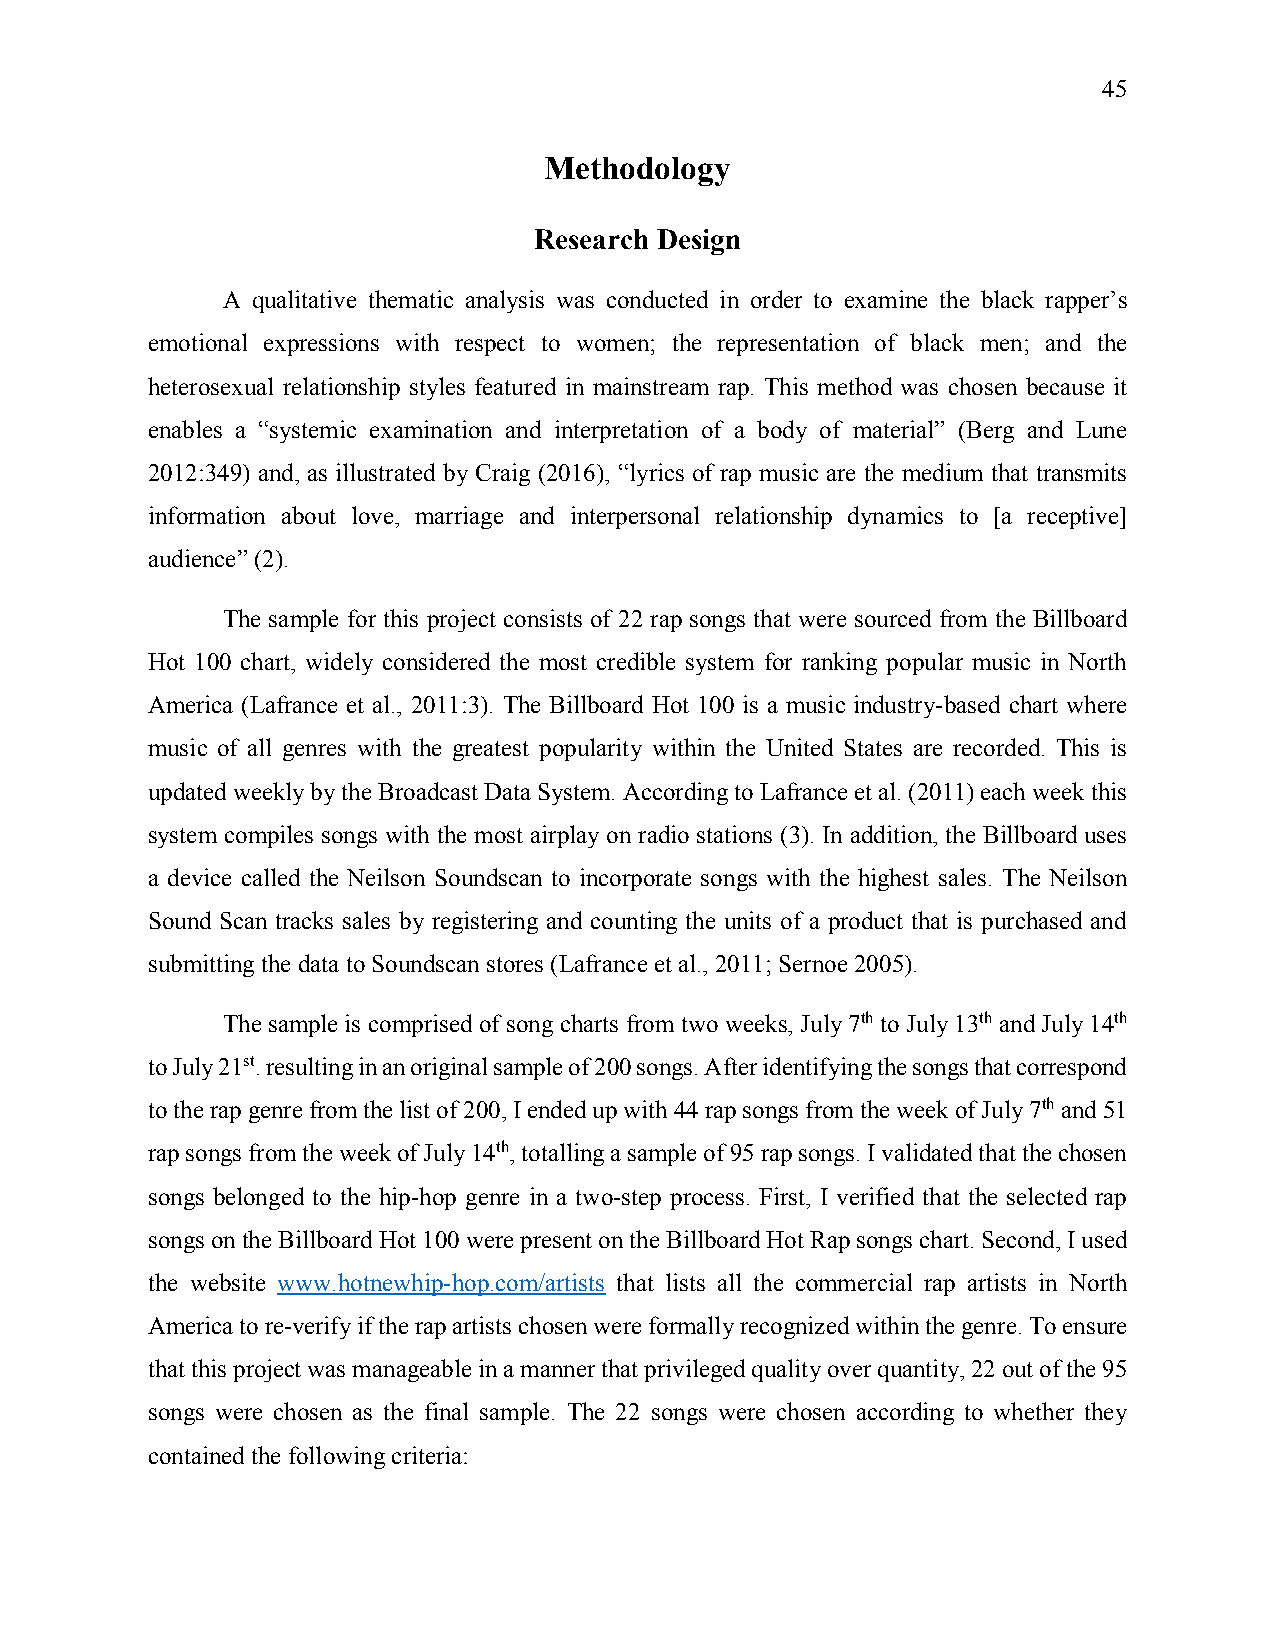
45
 Methodology
 Research Design
 A qualitative thematic analysis was conducted in order to examine the black rapper’s
 emotional expressions with respect to women; the representation of black men; and the
 heterosexual relationship styles featured in mainstream rap. This method was chosen because it
 enables a “systemic examination and interpretation of a body of material” (Berg and Lune
 2012:349) and, as illustrated by Craig (2016), “lyrics of rap music are the medium that transmits
 information about love, marriage and interpersonal relationship dynamics to [a receptive]
 audience” (2).
 The sample for this project consists of 22 rap songs that were sourced from the Billboard
 Hot 100 chart, widely considered the most credible system for ranking popular music in North
 America (Lafrance et al., 2011:3). The Billboard Hot 100 is a music industry-based chart where
 music of all genres with the greatest popularity within the United States are recorded. This is
 updated weekly by the Broadcast Data System. According to Lafrance et al. (2011) each week this
 system compiles songs with the most airplay on radio stations (3). In addition, the Billboard uses
 a device called the Neilson Soundscan to incorporate songs with the highest sales. The Neilson
 Sound Scan tracks sales by registering and counting the units of a product that is purchased and
 submitting the data to Soundscan stores (Lafrance et al., 2011; Sernoe 2005).
 The sample is comprised of song charts from two weeks, July 7th to July 13th and July 14th
 to July 21st. resulting in an original sample of 200 songs. After identifying the songs that correspond
 to the rap genre from the list of 200, I ended up with 44 rap songs from the week of July 7th and 51
 rap songs from the week of July 14th, totalling a sample of 95 rap songs. I validated that the chosen
 songs belonged to the hip-hop genre in a two-step process. First, I verified that the selected rap
 songs on the Billboard Hot 100 were present on the Billboard Hot Rap songs chart. Second, I used
 the website www.hotnewhip-hop.com/artists that lists all the commercial rap artists in North
 America to re-verify if the rap artists chosen were formally recognized within the genre. To ensure
 that this project was manageable in a manner that privileged quality over quantity, 22 out of the 95
 songs were chosen as the final sample. The 22 songs were chosen according to whether they
 contained the following criteria: